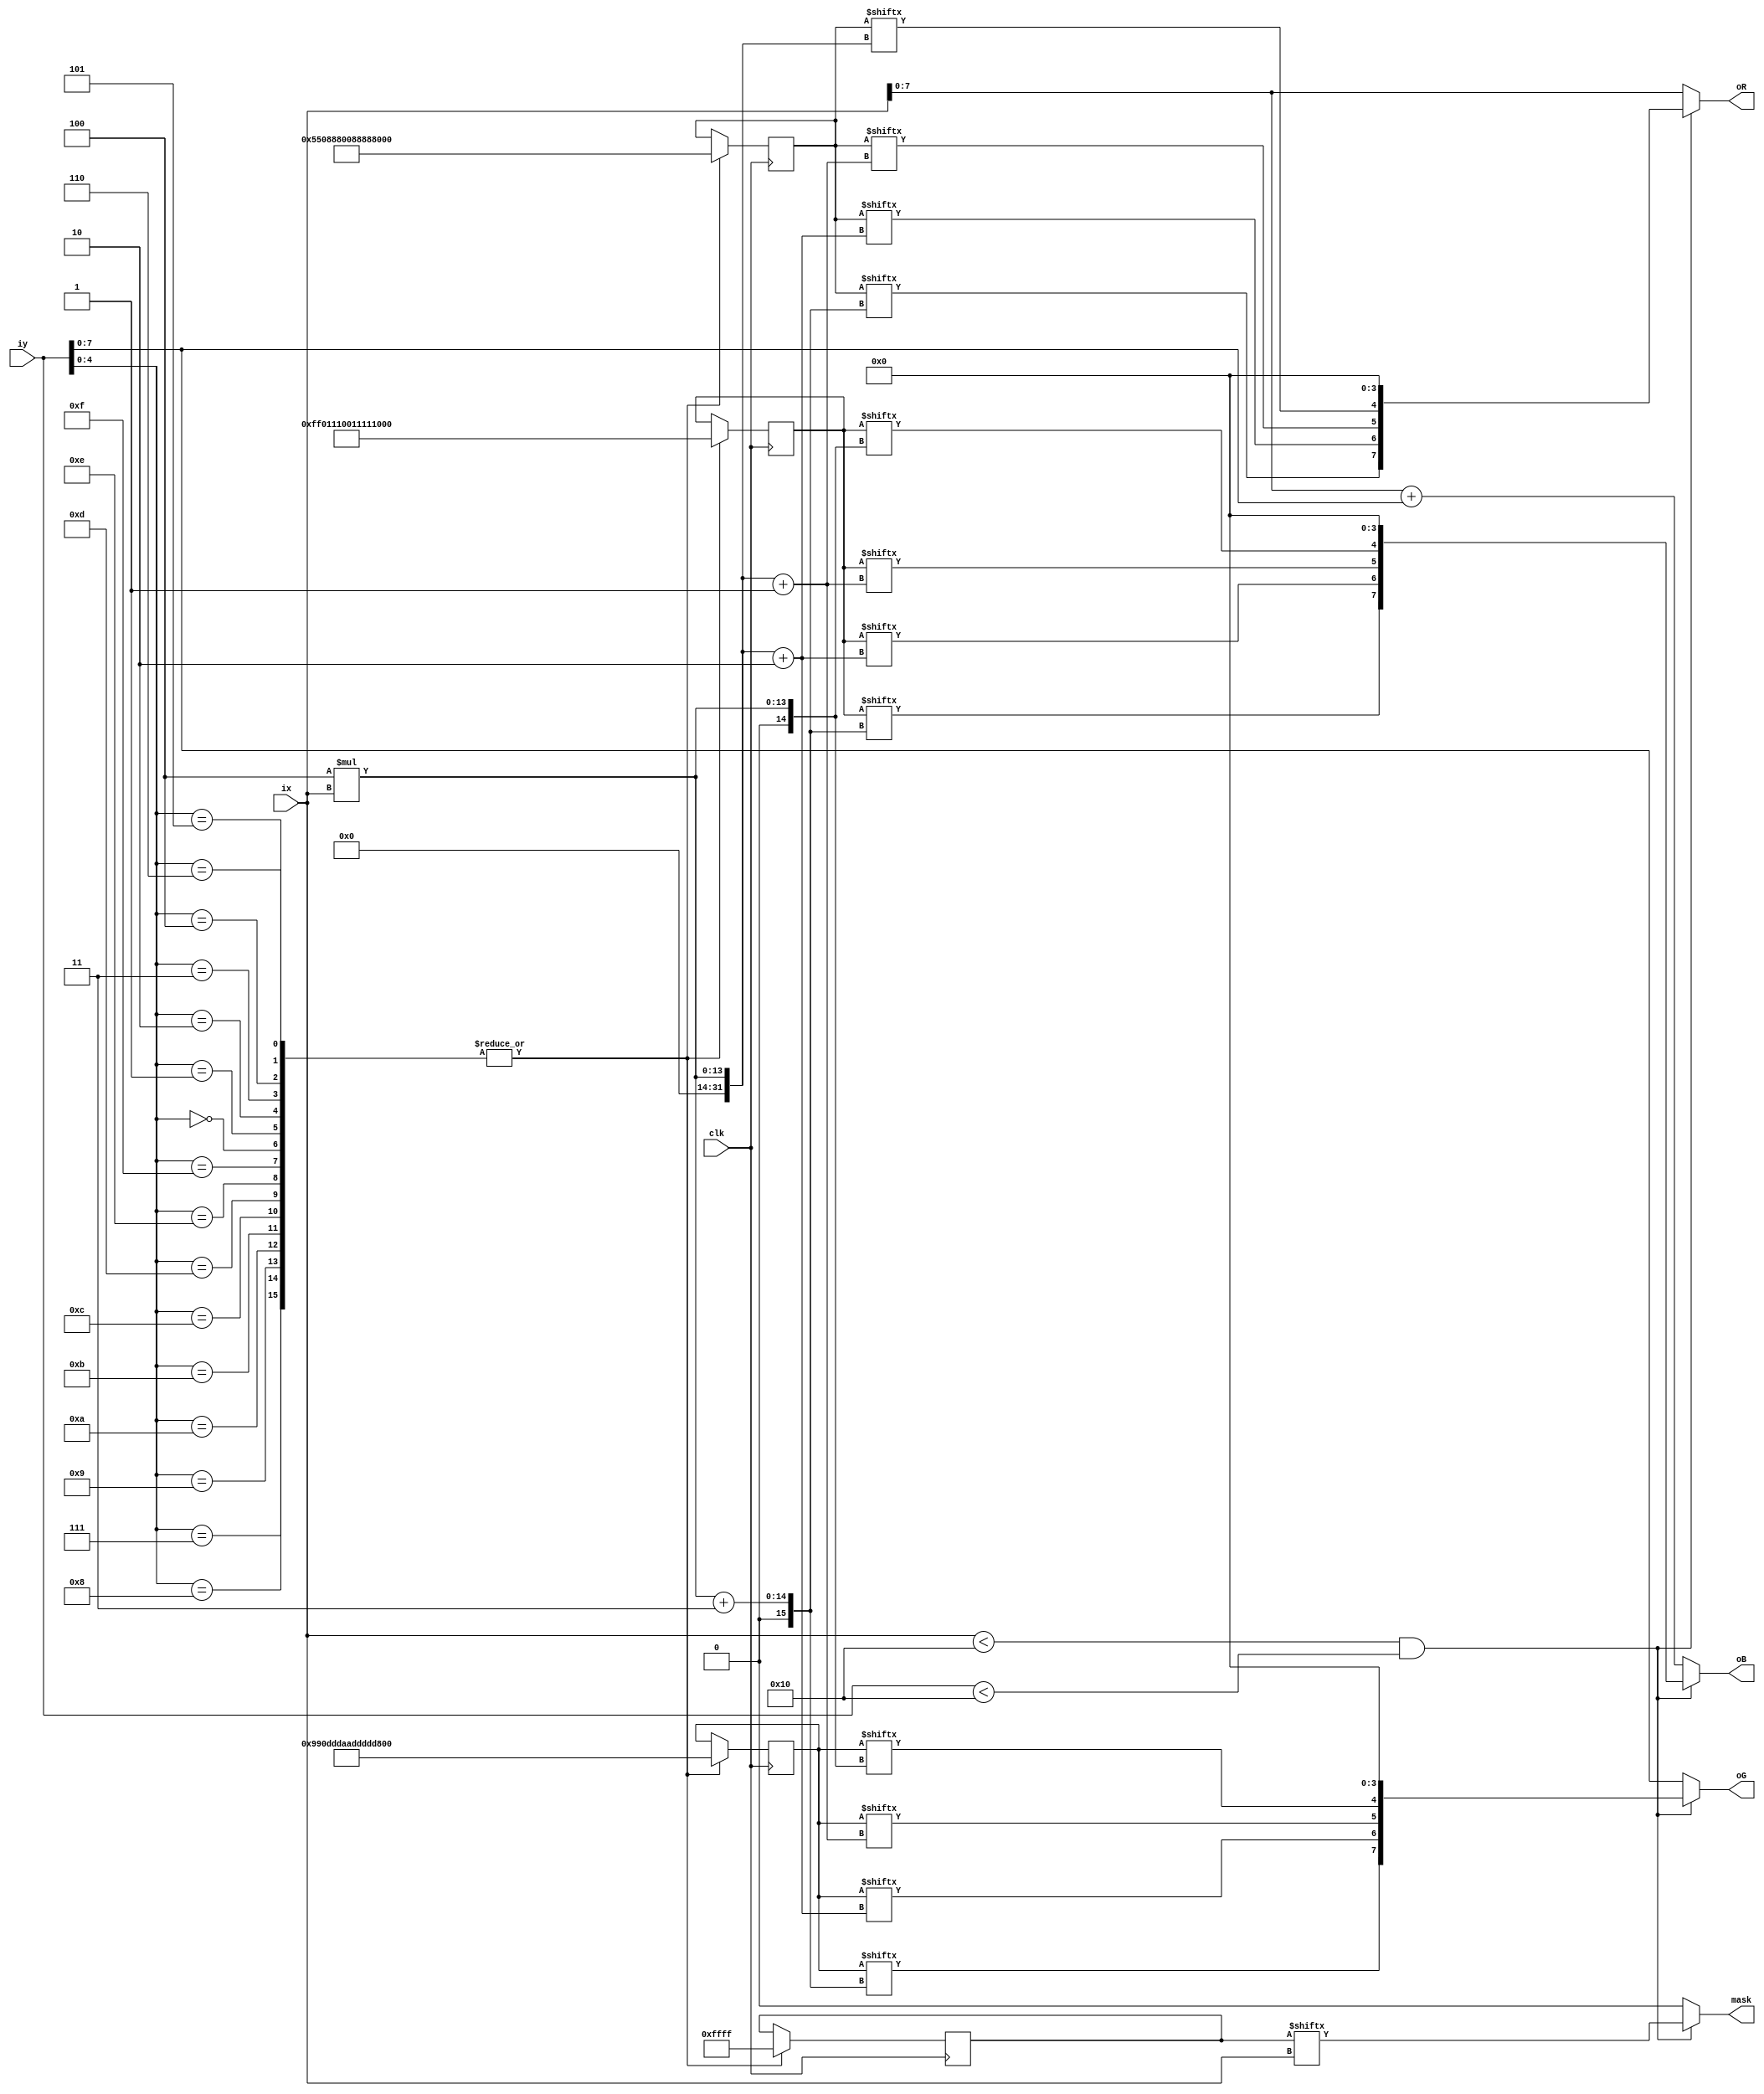
module tube_bl(ix,iy,oR,oG,oB,mask,clk);
input clk;
input [10:0] ix;
input [10:0] iy;
output [7:0] oR;
output [7:0] oG;
output [7:0] oB;
output mask;
reg [64:0] tube_bl_r;
reg [64:0] tube_bl_g;
reg [64:0] tube_bl_b;
reg [16:0] tube_bl_a;
parameter x_size = 16,y_size = 16;
wire mask;

assign oR = (ix<x_size&&iy<y_size)?{tube_bl_r[4*ix+3],tube_bl_r[4*ix+2],tube_bl_r[4*ix+1],tube_bl_r[4*ix],4'b0000}:{ix[7:0]};
assign oG = (ix<x_size&&iy<y_size)?{tube_bl_g[4*ix+3],tube_bl_g[4*ix+2],tube_bl_g[4*ix+1],tube_bl_g[4*ix],4'b0000}:{iy[7:0]};
assign oB = (ix<x_size&&iy<y_size)?{tube_bl_b[4*ix+3],tube_bl_b[4*ix+2],tube_bl_b[4*ix+1],tube_bl_b[4*ix],4'b0000}:{ix+iy}; 
assign mask = (ix<x_size&&iy<y_size)?{tube_bl_a[ix]}:0; 
always @(posedge clk)
begin
case(iy[4:0])
5'd0:tube_bl_r=64'h5508880088888088;
5'd1:tube_bl_r=64'h5508880088888088;
5'd2:tube_bl_r=64'h5508880088888088;
5'd3:tube_bl_r=64'h5508880088888088;
5'd4:tube_bl_r=64'h5508880088888088;
5'd5:tube_bl_r=64'h5508880088888088;
5'd6:tube_bl_r=64'h5508880088888088;
5'd7:tube_bl_r=64'h5508880088888088;
5'd8:tube_bl_r=64'h5508880088888088;
5'd9:tube_bl_r=64'h5508880088888088;
5'd10:tube_bl_r=64'h5508880088888088;
5'd11:tube_bl_r=64'h5508880088888088;
5'd12:tube_bl_r=64'h5508880088888088;
5'd13:tube_bl_r=64'h5508880088888088;
5'd14:tube_bl_r=64'h5508880088888088;
5'd15:tube_bl_r=64'h5508880088888088;
endcase
case(iy[4:0])
5'd0:tube_bl_g=64'h990dddaadddddadd;
5'd1:tube_bl_g=64'h990dddaadddddadd;
5'd2:tube_bl_g=64'h990dddaadddddadd;
5'd3:tube_bl_g=64'h990dddaadddddadd;
5'd4:tube_bl_g=64'h990dddaadddddadd;
5'd5:tube_bl_g=64'h990dddaadddddadd;
5'd6:tube_bl_g=64'h990dddaadddddadd;
5'd7:tube_bl_g=64'h990dddaadddddadd;
5'd8:tube_bl_g=64'h990dddaadddddadd;
5'd9:tube_bl_g=64'h990dddaadddddadd;
5'd10:tube_bl_g=64'h990dddaadddddadd;
5'd11:tube_bl_g=64'h990dddaadddddadd;
5'd12:tube_bl_g=64'h990dddaadddddadd;
5'd13:tube_bl_g=64'h990dddaadddddadd;
5'd14:tube_bl_g=64'h990dddaadddddadd;
5'd15:tube_bl_g=64'h990dddaadddddadd;
endcase
case(iy[4:0])
5'd0:tube_bl_b=64'hff01110011111011;
5'd1:tube_bl_b=64'hff01110011111011;
5'd2:tube_bl_b=64'hff01110011111011;
5'd3:tube_bl_b=64'hff01110011111011;
5'd4:tube_bl_b=64'hff01110011111011;
5'd5:tube_bl_b=64'hff01110011111011;
5'd6:tube_bl_b=64'hff01110011111011;
5'd7:tube_bl_b=64'hff01110011111011;
5'd8:tube_bl_b=64'hff01110011111011;
5'd9:tube_bl_b=64'hff01110011111011;
5'd10:tube_bl_b=64'hff01110011111011;
5'd11:tube_bl_b=64'hff01110011111011;
5'd12:tube_bl_b=64'hff01110011111011;
5'd13:tube_bl_b=64'hff01110011111011;
5'd14:tube_bl_b=64'hff01110011111011;
5'd15:tube_bl_b=64'hff01110011111011;
endcase
case(iy[4:0])
5'd0:tube_bl_a=16'b1111111111111111;
5'd1:tube_bl_a=16'b1111111111111111;
5'd2:tube_bl_a=16'b1111111111111111;
5'd3:tube_bl_a=16'b1111111111111111;
5'd4:tube_bl_a=16'b1111111111111111;
5'd5:tube_bl_a=16'b1111111111111111;
5'd6:tube_bl_a=16'b1111111111111111;
5'd7:tube_bl_a=16'b1111111111111111;
5'd8:tube_bl_a=16'b1111111111111111;
5'd9:tube_bl_a=16'b1111111111111111;
5'd10:tube_bl_a=16'b1111111111111111;
5'd11:tube_bl_a=16'b1111111111111111;
5'd12:tube_bl_a=16'b1111111111111111;
5'd13:tube_bl_a=16'b1111111111111111;
5'd14:tube_bl_a=16'b1111111111111111;
5'd15:tube_bl_a=16'b1111111111111111;
endcase
end
endmodule